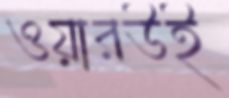
ওয়ারউই